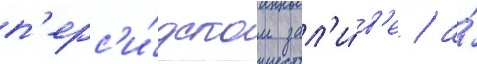
п'ерс'и́дском зал'и́в'е / а́